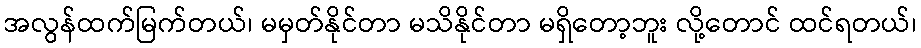
အလွန်ထက်မြက်တယ်၊ မမှတ်နိုင်တာ မသိနိုင်တာ မရှိတော့ဘူး လို့တောင် ထင်ရတယ်၊